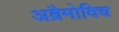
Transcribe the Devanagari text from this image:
अब्रैमोविच